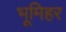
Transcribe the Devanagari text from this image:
भूमिहर